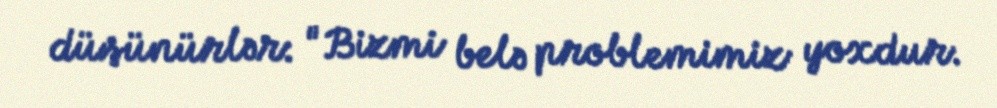
düşünürlər: "Bizmi belə problemimiz yoxdur.